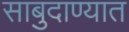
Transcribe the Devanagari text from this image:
साबुदाण्यात